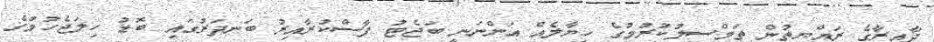
ދާއިރާގެ ރައްޔިތުން ތަމްސީލުކުރުމުގެ ހިޔާލެއް އަންނަނީ ބަޖެޓު ފާސްކުރާއިރު ބަނދަރުގައި ބޮޑު ހިލަޖެހުމުގެ